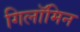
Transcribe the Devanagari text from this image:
गिलॉमिन